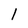
Character: 1